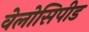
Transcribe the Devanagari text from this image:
वेलोसिपीड